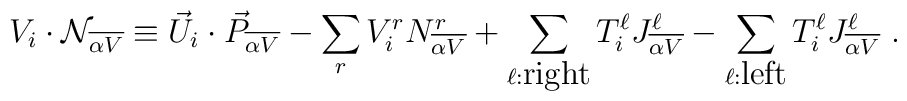
V_i \cdot {\cal N}_{\overline {\alpha V}} \equiv  {\vec U}_i \cdot {\vec P}_{\overline {\alpha V}} - \sum_{r} V^r_i N^r_{\overline {\alpha V}} + \sum_{\ell:{\mbox{right}}} T^\ell_i J^\ell_{\overline {\alpha V}} - \sum_{\ell:{\mbox{left}}} T^\ell_i J^\ell_{\overline {\alpha V}} ~.